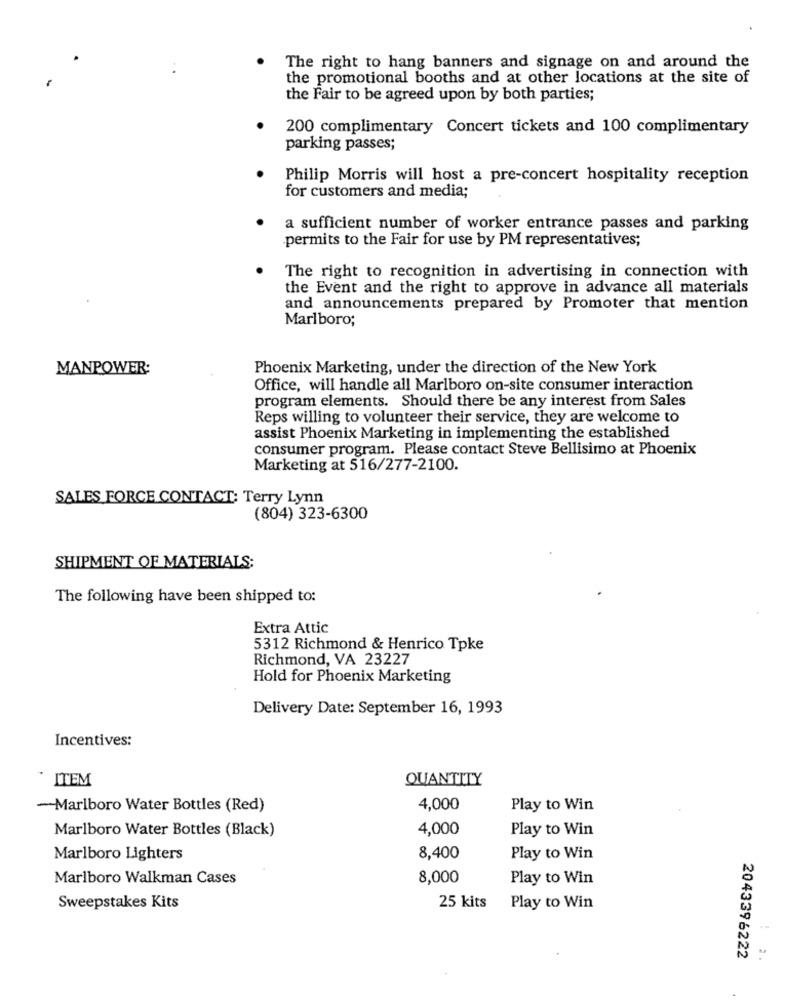
The right to hang banners and signage on and around the
the promotional booths and at other locations at the site of
the Fair to be agreed upon by both parties;
200 complimentary Concert tickets and 100 complimentary
parking passes;
Philip Morris will host a pre-concert hospitality reception
for customers and media;
a sufficient number of worker entrance passes and parking
permits to the Fair for use by PM representatives;
The right to recognition in advertising in connection with
the Event and the right to approve in advance all materials
and announcements prepared by Promoter that mention
Marlboro;
MANPOWER:
Phoenix Marketing, under the direction of the New York
Office, will handle all Marlboro on-site consumer interaction
program elements. Should there be any interest from Sales
Reps willing to volunteer their service, they are welcome to
assist Phoenix Marketing in implementing the established
consumer program. Please contact Steve Bellisimo at Phoenix
Marketing at 516/277-2100.
SALES FORCE CONTACT: Terry Lynn
(804) 323-6300
SHIPMENT OF MATERIALS:
The following have been shipped to:
Extra Attic
5312 Richmond & Henrico Tpke
Richmond, VA 23227
Hold for Phoenix Marketing
Delivery Date: September 16, 1993
Incentives:
ITEM
QUANTITY
-Marlboro Water Bottles (Red)
4,000
Play to Win
Marlboro Water Bottles (Black)
4,000
Play to Win
Marlboro Lighters
8,400
Play to Win
Marlboro Walkman Cases
8,000
Play to Win
Sweepstakes Kits
25 kits
Play to Win
2043396222
2 .